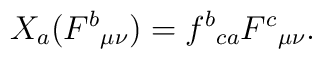
X_{a}(F^{b}{}_{\mu \nu })=f^{b}{}_{ca}F^{c}{}_{\mu \nu }.